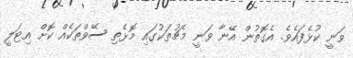
ވަނީ ކުޅެފައެވެ. އެގޮތުން އޭނާ ވަނީ މެޗުތަކުގައި މޮޅެތި ސޭވްތަކެއް ކޮށް އިޓަލީ